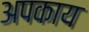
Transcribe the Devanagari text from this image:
अपकाय